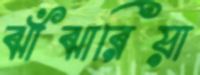
ঝাঁঝারিয়া